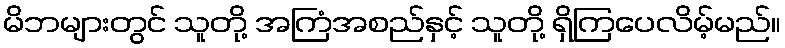
မိဘများတွင် သူတို့ အကြံအစည်နှင့် သူတို့ ရှိကြပေလိမ့်မည်။